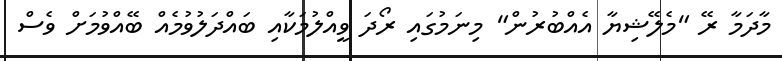
މާދަމާ ރޭ "މެލޭޝިޔާ އެއްބުރުން" މިނަމުގައި ރޯދަ ވީއްލުމަކާއި ބައްދަލުވުމެއް ބޭއްވުމަށް ވެސް